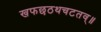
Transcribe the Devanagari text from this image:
खफछठथचटतव्॥